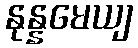
နုန္နမေယျ